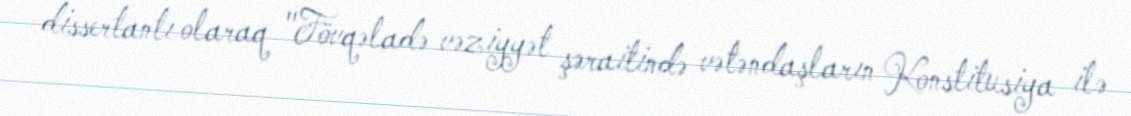
dissertantı olaraq "Fövqəladə vəziyyət şəraitində vətəndaşların Konstitusiya ilə